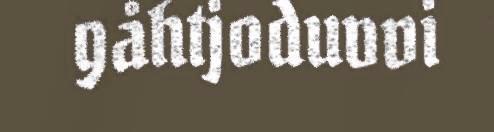
gåhtjoduvvi